Source: Handwritten
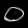
Digit: ၀ (0)